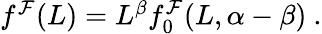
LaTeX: \begin{array}{r}{f^{\mathcal{F}}(L)=L^{\beta}f_{0}^{\mathcal{F}}(L,\alpha-\beta)\ .}\end{array}